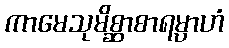
ကာမေသုမိစ္ဆာစာရမ္ပာဟံ